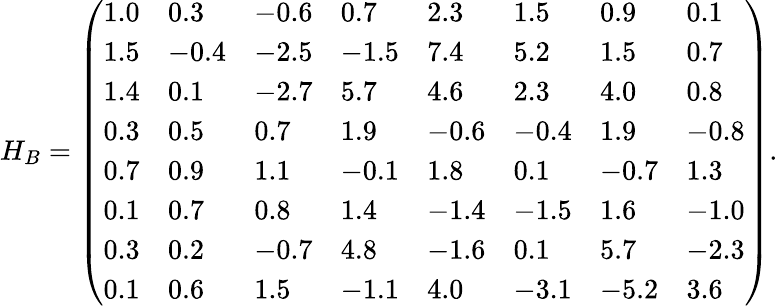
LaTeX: H_{B}=\left(\begin{array}{llllllll}{1.0}&{0.3}&{-0.6}&{0.7}&{2.3}&{1.5}&{0.9}&{0.1}\\ {1.5}&{-0.4}&{-2.5}&{-1.5}&{7.4}&{5.2}&{1.5}&{0.7}\\ {1.4}&{0.1}&{-2.7}&{5.7}&{4.6}&{2.3}&{4.0}&{0.8}\\ {0.3}&{0.5}&{0.7}&{1.9}&{-0.6}&{-0.4}&{1.9}&{-0.8}\\ {0.7}&{0.9}&{1.1}&{-0.1}&{1.8}&{0.1}&{-0.7}&{1.3}\\ {0.1}&{0.7}&{0.8}&{1.4}&{-1.4}&{-1.5}&{1.6}&{-1.0}\\ {0.3}&{0.2}&{-0.7}&{4.8}&{-1.6}&{0.1}&{5.7}&{-2.3}\\ {0.1}&{0.6}&{1.5}&{-1.1}&{4.0}&{-3.1}&{-5.2}&{3.6}\end{array}\right).